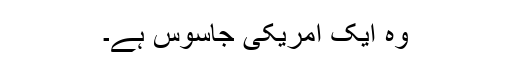
وہ ایک امریکی جاسوس ہے۔